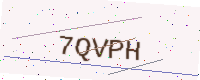
Text: 7QVPH